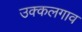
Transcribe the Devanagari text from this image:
उक्कलगाव